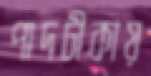
পাদটীকায়